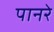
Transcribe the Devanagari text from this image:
पानरे